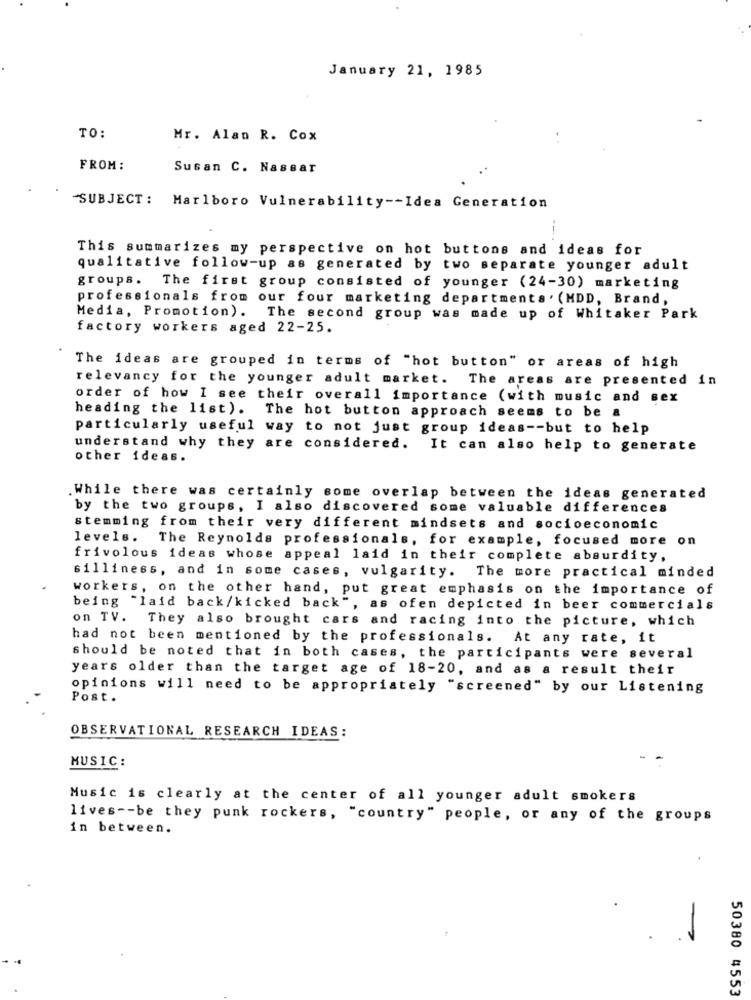
January 21, 1985
TO:
Mr. Alan R. Cox
FROM :
Susan C. Nassar
"SUBJECT : Marlboro Vulnerability -- Idea Generation
This summarizes my perspective on hot buttons and ideas for
qualitative follow-up as generated by two separate younger adult
groups. The first group consisted of younger (24-30) marketing
professionals from our four marketing departments . (HDD, Brand,
Media, Promotion). The second group was made up of Whitaker Park
factory workers aged 22-25.
The ideas are grouped in terms of "hot button" or areas of high
relevancy for the younger adult market. The areas are presented in
order of how I see their overall importance (with music and sex
heading the list). The hot button approach seems to be a
particularly useful way to not just group ideas -- but to help
understand why they are considered. It can also help to generate
other ideas.
While there was certainly some overlap between the ideas generated
by the two groups, I also discovered some valuable differences
stemming from their very different mindsets and socioeconomic
levels.
The Reynolds professionals, for example, focused more on
frivolous ideas whose appeal laid in their complete absurdity,
silliness, and in some cases, vulgarity. The more practical minded
workers, on the other hand, put great emphasis on the importance of
being "laid back/kicked back", as ofen depicted in beer commercials
on TV. They also brought cars and racing into the picture, which
had not been mentioned by the professionals. At any rate, it
should be noted that in both cases, the participants were several
years older than the target age of 18-20, and as a result their
opinions will need to be appropriately "screened" by our Listening
Post.
OBSERVATIONAL RESEARCH IDEAS:
MUSIC:
Music is clearly at the center of all younger adult smokers
lives -- be they punk rockers, "country" people, or any of the groups
in between.
50380 4553